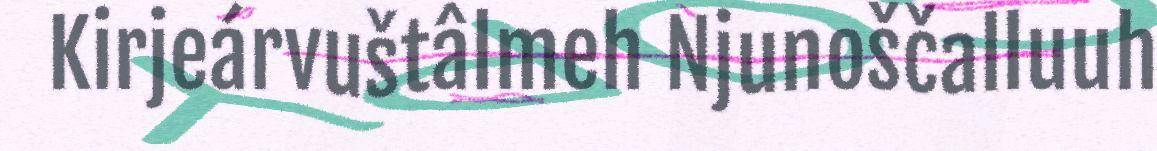
Kirjeárvuštâlmeh Njunoščalluuh